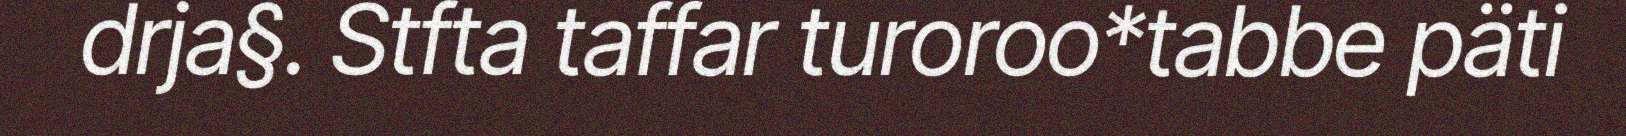
drja§. Stfta taffar turoroo*tabbe päti